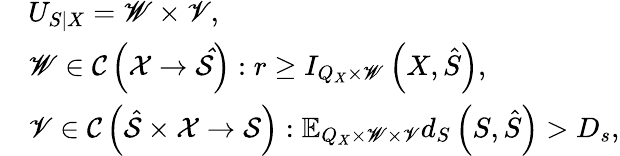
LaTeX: \begin{array}{rl}&{U_{S|X}=\mathscr{W}\times\mathscr{V},}\\ &{\mathscr{W}\in\mathcal{C}\left(\mathcal{X}\rightarrow\mathcal{\hat{S}}\right):r\geq I_{Q_{X}\times\mathscr{W}}\left(X,\hat{S}\right),}\\ &{\mathscr{V}\in\mathcal{C}\left(\hat{\mathcal{S}}\times\mathcal{X}\rightarrow\mathcal{S}\right):\mathbb{E}_{Q_{X}\times\mathscr{W}\times\mathscr{V}}d_{S}\left(S,\hat{S}\right)>D_{s},}\end{array}